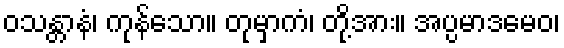
ဝသန္တာနံ၊ ကုန်သော။ တုမှာကံ၊ တို့အား။ အပ္ပမာဒမေဝ၊